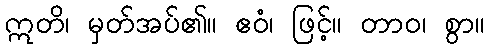
ဣတိ၊ မှတ်အပ်၏။ ဧဝံ၊ ဖြင့်။ တာဝ၊ စွာ။